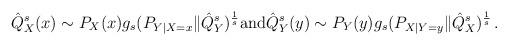
LaTeX: \begin{align*} \hat{Q}_X^s(x) \sim P_X(x) g_s ( P_{Y|X=x} \| \hat{Q}_Y^s )^{\frac{1}{s}} \textrm{and} \hat{Q}_Y^s(y) \sim P_Y(y) g_s ( P_{X|Y=y} \| \hat{Q}_X^s )^{\frac{1}{s}} \,. \end{align*}